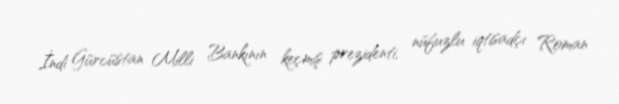
İndi Gürcüstan Milli Bankının keçmiş prezidenti, nüfuzlu iqtisadçı Roman